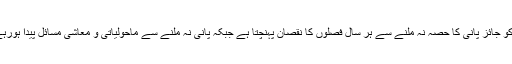
سندھ کو جائز پانی کا حصہ نہ ملنے سے ہر سال فصلوں کا نقصان پہنچتا ہے جبکہ پانی نہ ملنے سے ماحولیاتی و معاشی مسائل پیدا ہورہے ہیں۔